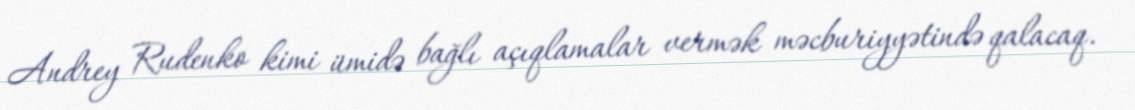
Andrey Rudenko kimi ümidə bağlı açıqlamalar vermək məcburiyyətində qalacaq.